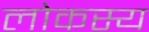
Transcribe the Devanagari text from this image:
लोकस्य